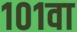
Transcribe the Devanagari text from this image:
१०१वा